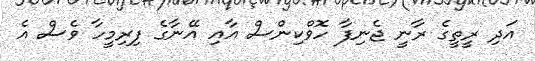
އަދި ރީތީގެ ރާނީ ޖެނިފާ ހޮވްކިންސް އާއި އޭނާގެ ފިރިމީހާ ވެސް އެ